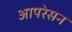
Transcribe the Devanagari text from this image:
आपरेसन